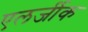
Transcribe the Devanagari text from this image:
एलर्जीक